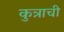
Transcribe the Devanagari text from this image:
कुत्राची